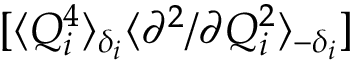
[ \langle Q _ { i } ^ { 4 } \rangle _ { \delta _ { i } } \langle { \partial ^ { 2 } } / { \partial Q _ { i } ^ { 2 } } \rangle _ { - \delta _ { i } } ]